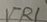
Text: VR1